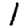
Digit: 1